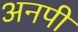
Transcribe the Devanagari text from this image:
अनपी